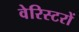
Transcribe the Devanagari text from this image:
वेरिस्टरों